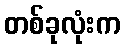
တစ်ခုလုံးက